Annual vaccination report of Bihar and Orissa - 1911-1928
Year: 1911
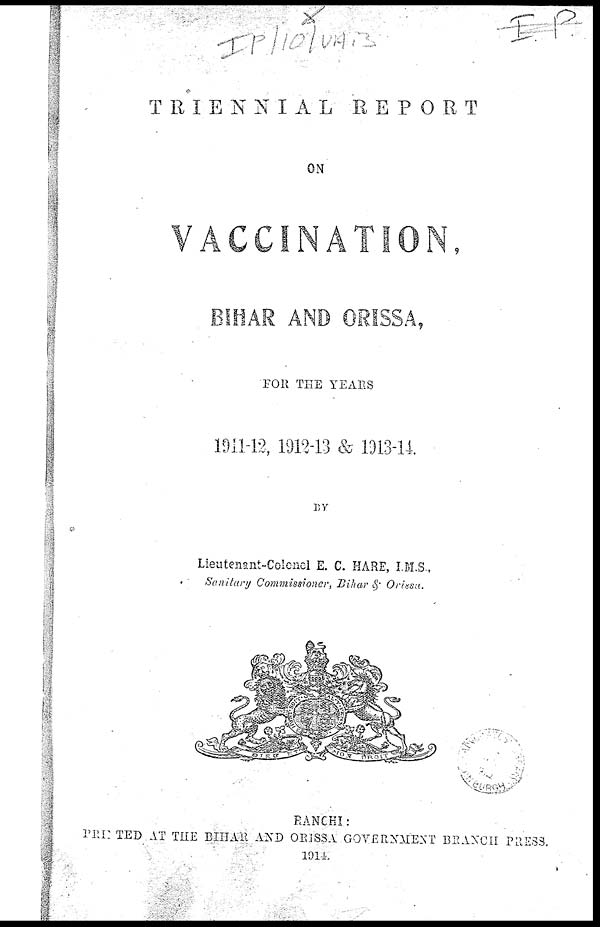
TRIENNIAL
REPORT
ON
VACCINATION,
BIHAR AND ORISSA,
FOR THE YEARS
1911-12, 1912-13 & 1913-14.
Lieutenant-Colonel E. C. HARE, I.M.S.,
Sanitary Commissioner, Bihar & Orissa.
RANCHI:
PRINTED AT THE BIHAR AND ORISSA GOVERNMENT BRANCH PRESS.
1914.